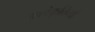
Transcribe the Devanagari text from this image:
अलंकृतियों